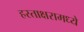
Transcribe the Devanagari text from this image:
हस्ताक्षरामध्ये